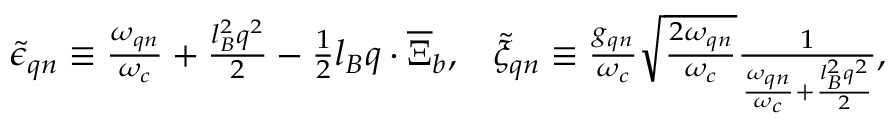
\begin{array} { r } { \tilde { \epsilon } _ { \boldsymbol { q } n } \equiv \frac { \omega _ { \boldsymbol { q } n } } { \omega _ { c } } + \frac { l _ { B } ^ { 2 } q ^ { 2 } } { 2 } - \frac { 1 } { 2 } l _ { B } \boldsymbol { q } \cdot \overline { { \boldsymbol { \Xi } } } _ { b } , \; \; \; \tilde { \xi } _ { \boldsymbol { q } n } \equiv \frac { g _ { \boldsymbol { q } n } } { \omega _ { c } } \sqrt { \frac { 2 \omega _ { \boldsymbol { q } n } } { \omega _ { c } } } \frac { 1 } { \frac { \omega _ { \boldsymbol { q } n } } { \omega _ { c } } + \frac { l _ { B } ^ { 2 } q ^ { 2 } } { 2 } } , } \end{array}